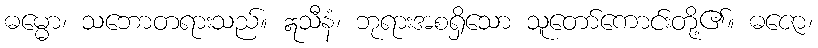
ဓမ္မော၊ သဘောတရားသည်။ ဣသီနံ၊ ဘုရားအစရှိသော သူတော်ကောင်းတို့၏။ ဓဇော၊